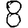
Digit: 8